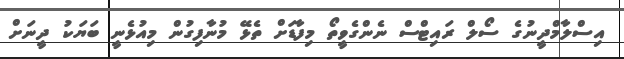
އިސްލާމްދީނުގެ ސޯލް ރައިޓްސް ނެންގެވީތޯ މިފާޑަށް ތެޅޭ މުނާފިގުން މިއުޅެނީ ބަޔަކު ދީނަށް